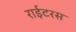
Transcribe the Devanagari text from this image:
राईटरस